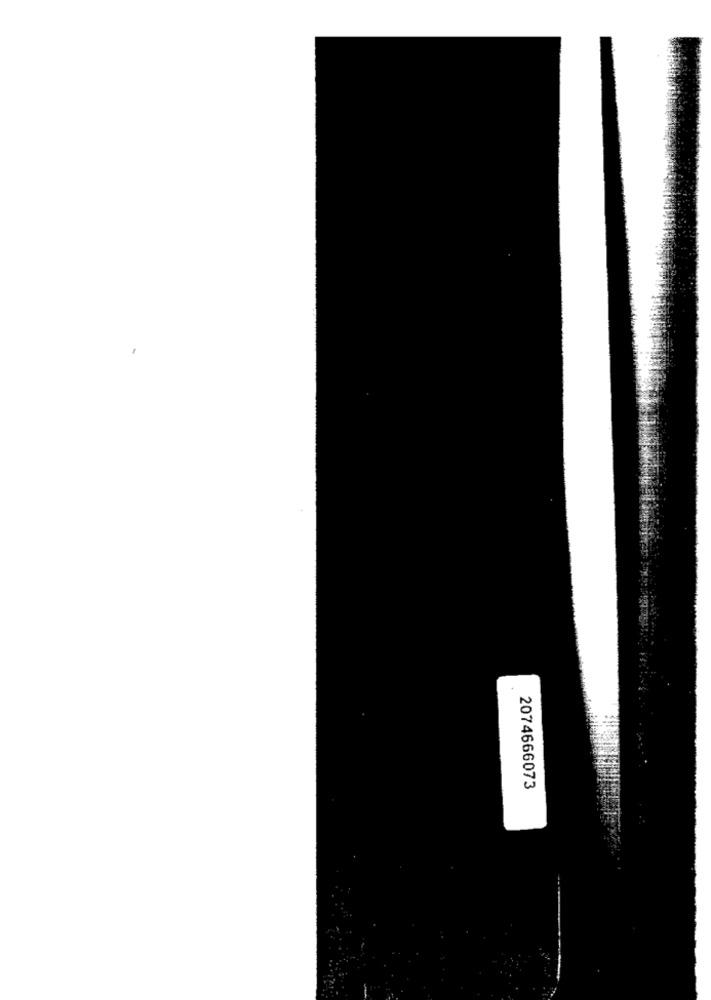
2074666073